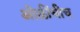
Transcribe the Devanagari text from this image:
ओळींचीच